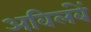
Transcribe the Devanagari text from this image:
अविलंबें